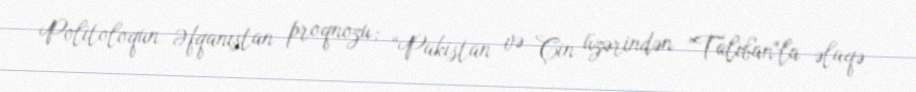
Politoloqun Əfqanıstan proqnozu; “Pakistan və Çin üzərindən ”Taliban"la əlaqə